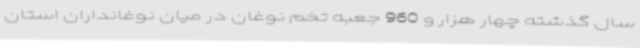
سال گذشته چهار هزار و 960 جعبه تخم نوغان در میان نوغانداران استان